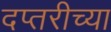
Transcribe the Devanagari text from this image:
दप्तरीच्या